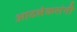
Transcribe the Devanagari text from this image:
आठलेकरांनी